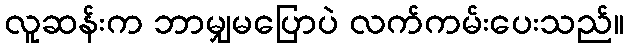
လူဆန်းက ဘာမျှမပြောပဲ လက်ကမ်းပေးသည်။